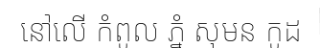
នៅលើ កំពូល ភ្នំ សុមន កូដ